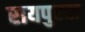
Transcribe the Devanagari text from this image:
रायपुरबा